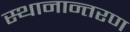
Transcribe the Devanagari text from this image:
स्‍थानान्‍तरण